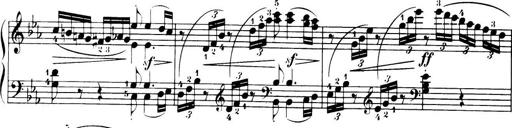
Title: 32 Sonatinas and Rondos for the Piano
Composer: Richard Kleinmichel